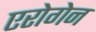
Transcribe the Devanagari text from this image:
एरोगेन